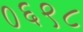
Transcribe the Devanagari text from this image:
०६९८